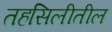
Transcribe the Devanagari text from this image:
तहसिलीतील